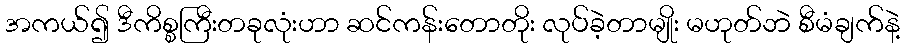
အကယ်၍ ဒီကိစ္စကြီးတခုလုံးဟာ ဆင်ကန်းတောတိုး လုပ်ခဲ့တာမျိုး မဟုတ်ဘဲ စီမံချက်နဲ့